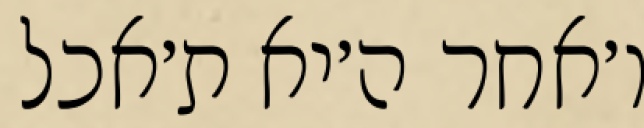
ו׳אחר ה׳יא ת׳אכל